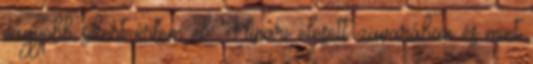
nagyobb sikert értem el. Hinari elesett zavarában és mint